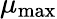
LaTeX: \mu_{\mathrm{max}}